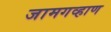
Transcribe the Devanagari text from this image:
जामगव्हाण